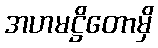
အဟမဋ္ဌိတောမှိ